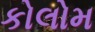
કોલોમ